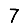
Digit: 7